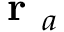
\textbf { r } _ { a }